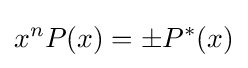
x^{n}P(x)=\pm P^{*}(x)